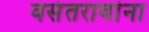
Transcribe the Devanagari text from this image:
वसंतरावांना